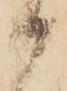
御